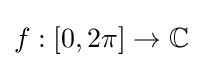
f:[0,2\pi ]\to \mathbb {C}